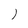
Character: 1